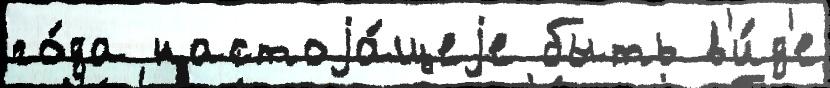
го́да настоjа́щеjе быть в'и́д'е